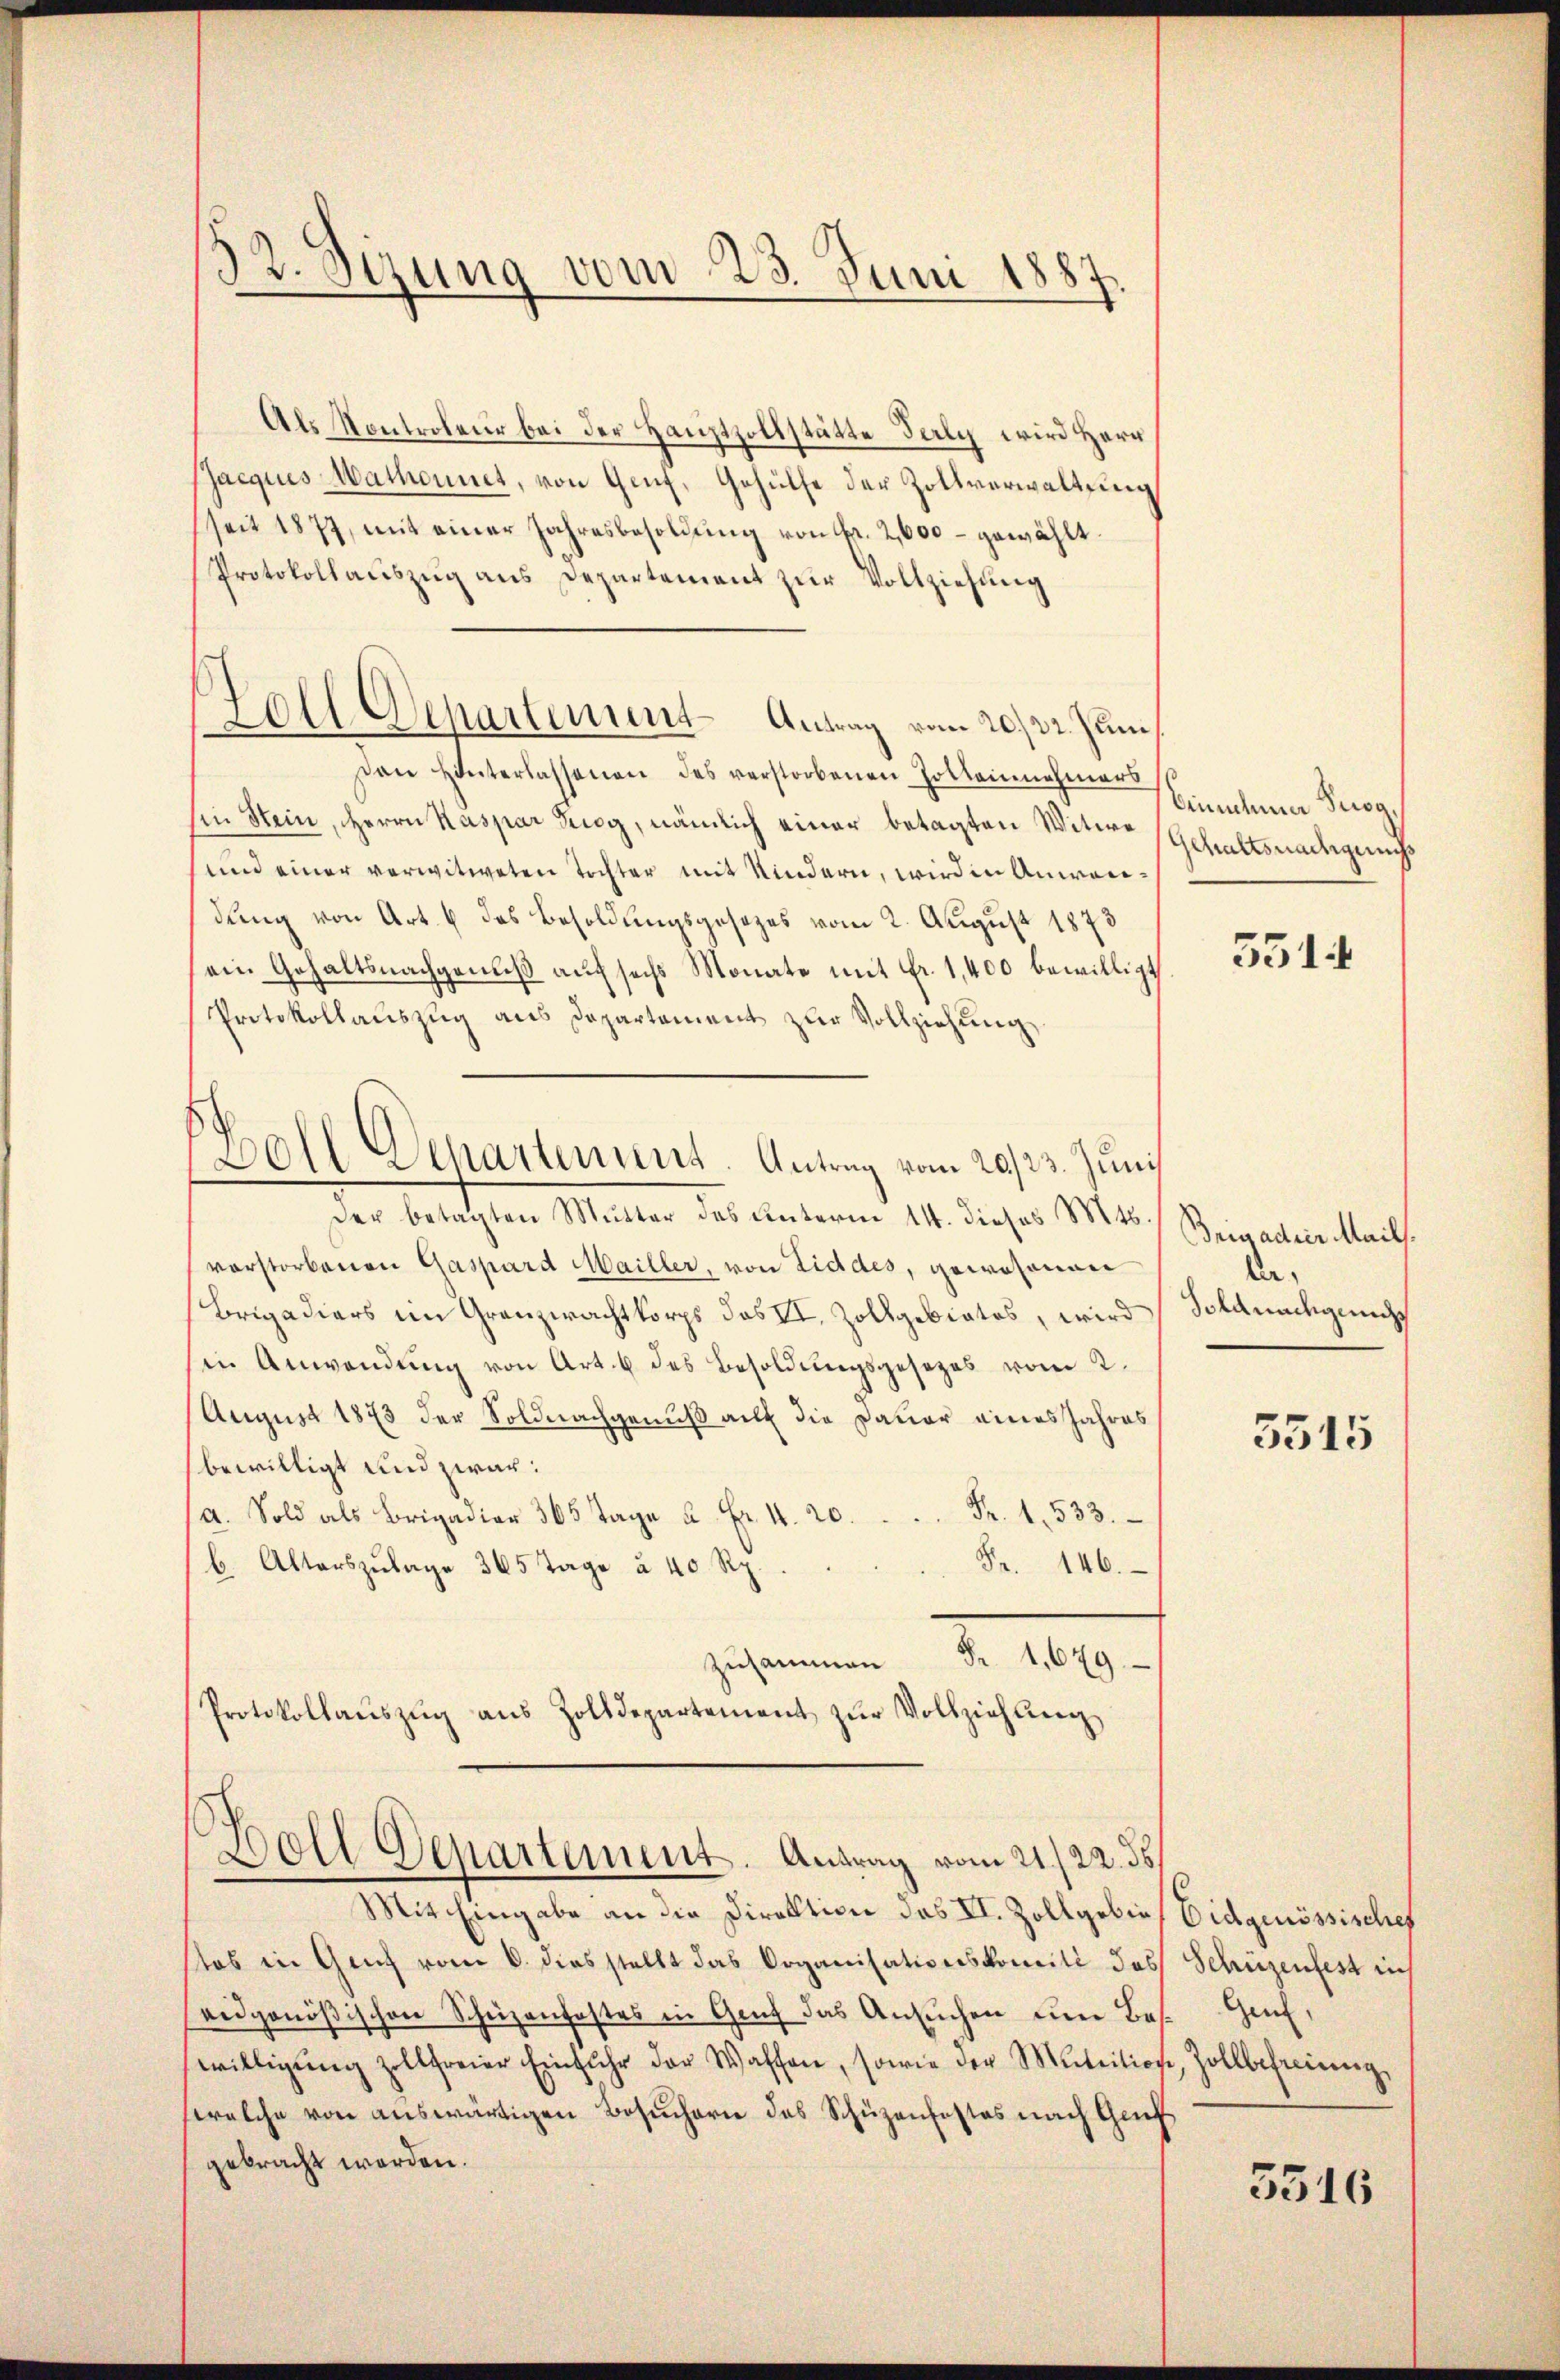
32. Sezung vom 23. Juni 1887.

Als Kontroleur bei der Hauptzollstätte Taly wird Herr
Pacquis Mathennet, von Genf, Gehülfe der Zollverwaltung
seit 1877, mit einer Jahresbesoldŭng von Fr. 2,000 - gewählt.
Protokollauszug aus Departement zur Vollziehung
Den Hinterlassenen des verstorbenen Zolleinehmers
Ein Stein, Herrn Kaspar Zug, nämlich einer betagten Witwe Gehaltsnachgens
und einer verwitweten Tochter mit Kindern, wird in Anweidung von Art. 6 das Besoldungsgesezes vom 2. August 1873
ein Gehaltsnachgenuß auf sechs Monate mit Fr. 1,400 bewilligt
Protokollauszug aus Departement zur Vollziehung,
der belassen Malten des einterm 14. dieser 1814.
vorstorbenen Gaspard Mailler, von Liddes, gewesenen
Brigadiers im Granzwachtkorps das VI. Zollgebietes, wird
in Anwendŭng von Art. 6 des Besoldŭngsgesetzes vom 2.
August 1873 der Soldnachgenuß auf die Dauer eines Jahres
bewilligt und zwar:
a. Sold als Brigadier 365 Tage u. Fr. 4. 20. Fr. 1533.
Fr. 146.
b. Alterszulage 365 Tage à 40 Rp.
sehenen 2. 189
Protokollaŭszŭg aŭs Zolldepartement zŭr Vollziehŭng
Boll Departement. Antrag vom 21./22. ds.
Mit Eingabe an die Direktion des II. Zollgebietos in Genf vom 6. dies stellt das Organisationskomité des
eidgenößischen Schüzenfostes in Genf das Ansuchen um Bes
willigŭng zollfreier Einfuhr der Waffen, sowie der Mutition, Zollbefreiung,
welche von auswärtigen Besuchern des Schüzenfestes nach Genf
gebracht werden.

Zoll Departement Antrag vom 20./22. Juni

Boll Departement. Antrag vom 20./23. Juni

Simmlena Burg.

5514

Brigadier Mails.
la,
Soldnachgeach

3515

Eidgenössischef
Schüzenfest nich
Genf,

3516